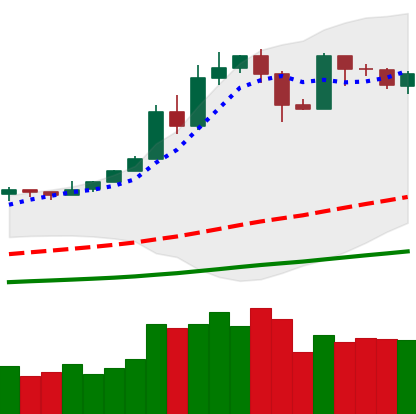
Ticker: BTC-USD
Chart end date: 2019-05-23
Forward return: 10.634%
Label: up_7plus